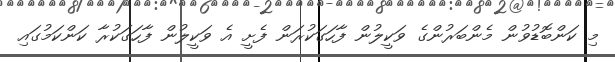
މި ކަންބޮޑުވުން މެންބަރުންގެ ވަކީލުން ފާހަގަކުރަން ފެށީ އެ ވަކީލުން ފާހަގަކުރާ ކަންކަމުގައި